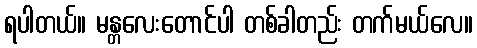
ရပါတယ်။ မန္တလေးတောင်ပါ တစ်ခါတည်း တက်မယ်လေ။